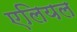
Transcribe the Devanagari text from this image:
एलियल